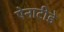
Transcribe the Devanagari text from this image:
ऐनाटीडे